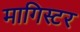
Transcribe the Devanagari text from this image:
मागिस्टर